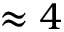
\approx 4